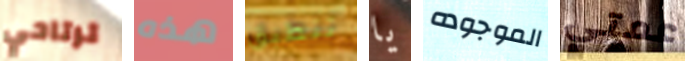
ترتاحي هذه تنطبق يا الموجوده عمتي